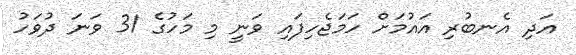
އަދި އެނބުރި އައުމަށް ހަަމަޖެހިފައި ވަނީ މި މަހުގެ 31 ވަނަ ދުވަހު